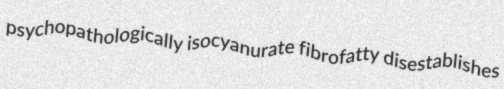
psychopathologically isocyanurate fibrofatty disestablishes